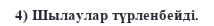
4) Шылаулар түрленбейді.